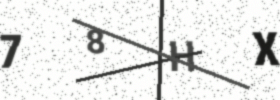
Text: 78HX